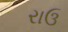
રાઉ